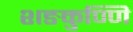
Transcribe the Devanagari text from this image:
शङकुण्णि